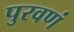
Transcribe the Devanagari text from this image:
पुरवणं